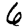
Digit: 6